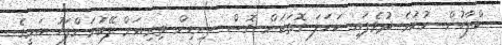
ކްލާހުން ނުކުމެ ދުވެފައި ކަހަލަ ގޮތަކަށް ގޮސް ސިޑިން ތިރިއަށް ފޭބުމަށްފަހު އަމީގެ